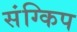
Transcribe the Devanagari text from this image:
संग्किप